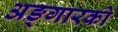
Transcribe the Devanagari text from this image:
अङ्गारको